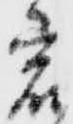
宕